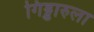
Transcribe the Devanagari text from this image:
गिड्डारुला